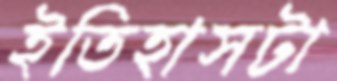
ইতিহাসটা